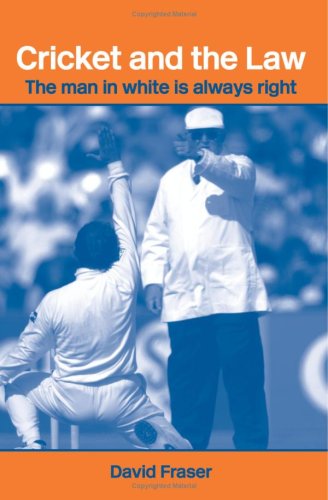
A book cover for Cricket and the Law: The Man in White is Always Right (Routledge Studies in Law, Society and Popular Culture); David Fraser; Law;